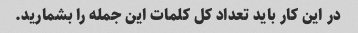
در این کار باید تعداد کل کلمات این جمله را بشمارید.